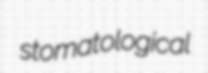
stomatological